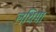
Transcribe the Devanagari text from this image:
लधिमा